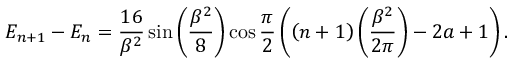
{ \cal E } _ { n + 1 } - { \cal E } _ { n } = \frac { 1 6 } { \beta ^ { 2 } } \sin \left( \frac { \beta ^ { 2 } } { 8 } \right) \cos \frac { \pi } { 2 } \left( \left( n + 1 \right) \left( \frac { \beta ^ { 2 } } { 2 \pi } \right) - 2 a + 1 \right) .